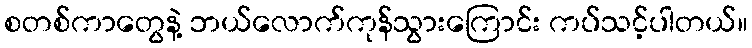
စတစ်ကာတွေနဲ့ ဘယ်လောက်ကုန်သွားကြောင်း ကပ်သင့်ပါတယ်။